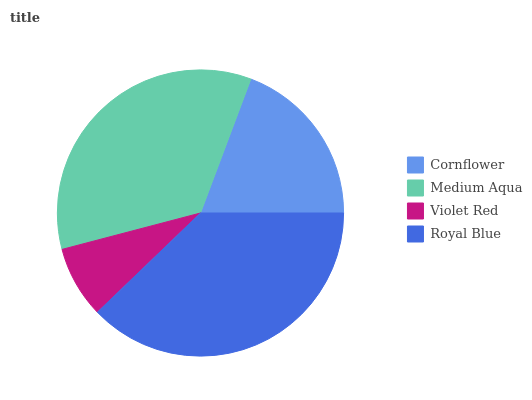
| Cornflower | Medium Aqua | Violet Red | Royal Blue |
 | --- | --- | --- | --- |
 | 19.2% | 34.8% | 8.09% | 37.8% |